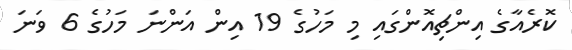
ކޮރެއާގެ އިންޗިއޮންގައި މި މަހުގެ 19 އިން އަންނަ މަހުގެ 6 ވަނަ